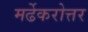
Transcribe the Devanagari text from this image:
मर्ढेकरोत्तर